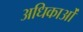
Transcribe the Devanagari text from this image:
अधिकाओं